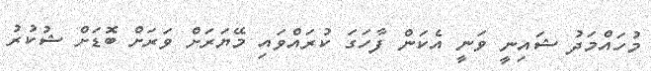
މުހައްމަދު ޝައިނީ ވަނީ އެކަން ފާހަގަ ކުރައްވައި މޭޔަރަށް ވަރަށް ބޮޑަށް ޝުކުރު